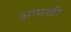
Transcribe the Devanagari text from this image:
आमळी